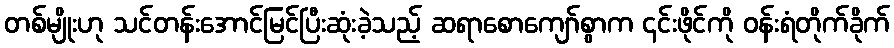
တစ်မျိုးဟု သင်တန်းအောင်မြင်ပြီးဆုံးခဲ့သည့် ဆရာစောကျော်စွာက ၎င်းဖိုင်ကို ဝန်းရံတိုက်ခိုက်